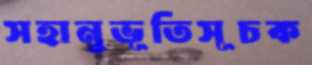
সহানুভূতিসূচক